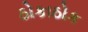
ઠોકાઠોક